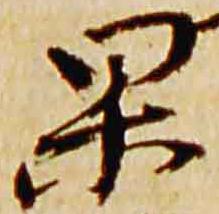
杲